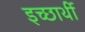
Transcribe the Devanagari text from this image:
इच्छार्थी